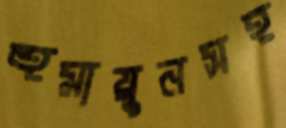
হুমায়ুনসহ